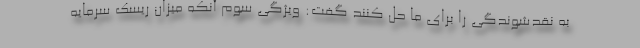
به نقدشوندگی را برای ما حل کنند گفت: ویژگی سوم آنکه میزان ریسک سرمایه